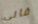
فاني